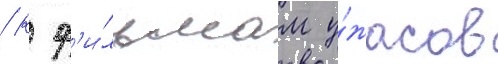
/ к ф'и́льмам у́жасов